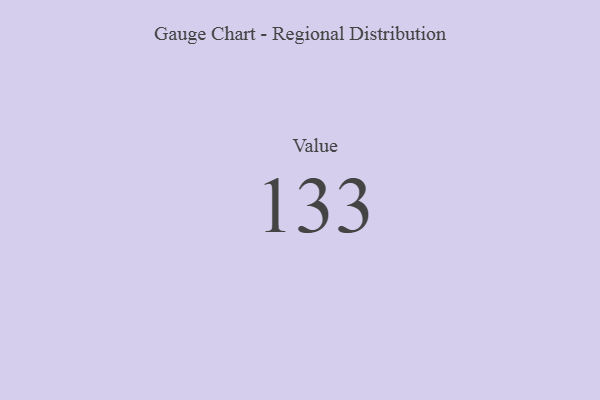
{"axis": {"x": "Metric", "y": "Value"}, "legend": [""], "data": [{"x": "Value", "y": 133, "type": ""}]}